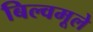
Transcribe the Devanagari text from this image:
बिल्वमूले